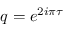
q = e ^ { 2 i \pi \tau }